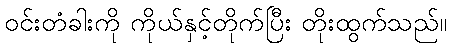
ဝင်းတံခါးကို ကိုယ်နှင့်တိုက်ပြီး တိုးထွက်သည်။